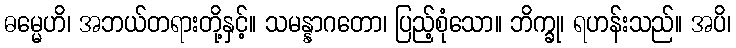
ဓမ္မေဟိ၊ အဘယ်တရားတို့နှင့်။ သမန္နာဂတော၊ ပြည့်စုံသော။ ဘိက္ခု၊ ရဟန်းသည်။ အပိ၊